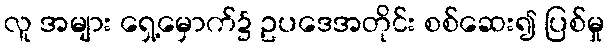
လူ အများ ရှေ့မှောက်၌ ဥပဒေအတိုင်း စစ်ဆေး၍ ပြစ်မှု